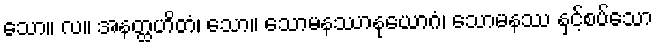
သော။ လ။ အနတ္ထဟိတံ၊ သော။ သောမနဿာနုယောဂံ၊ သောမနဿ နှင့်စပ်သော